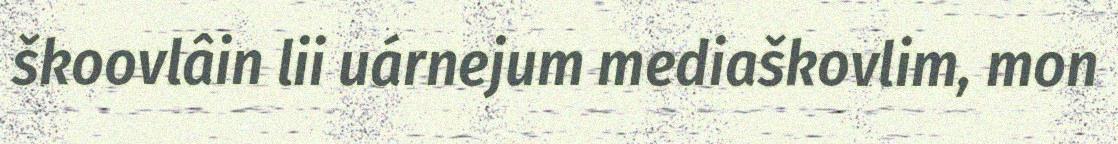
škoovlâin lii uárnejum mediaškovlim, mon